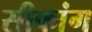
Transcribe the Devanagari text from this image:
सीकांग